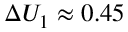
\Delta U _ { 1 } \approx 0 . 4 5